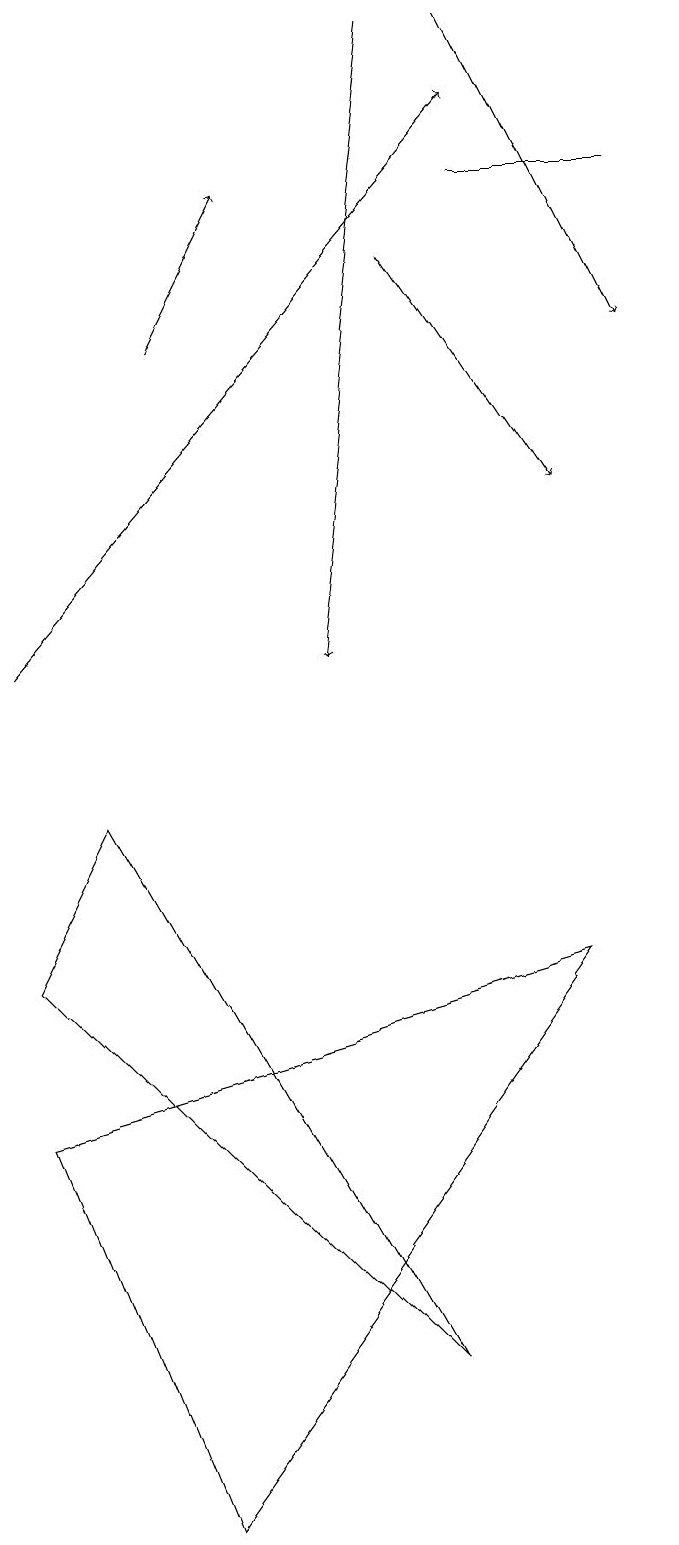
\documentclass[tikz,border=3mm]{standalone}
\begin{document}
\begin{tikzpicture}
\draw[->] (3,15) -- (4,17);
\draw (1,7) -- (2,9) -- (6,2) -- cycle;
\draw[->] (1,11) -- (7,18);
\draw[->] (6,16) -- (8,13);
\draw[->] (6,19) -- (5,11);
\draw (3,0) -- (1,5) -- (8,7) -- cycle;
\draw[->] (7,19) -- (9,15);
\draw (7,17) rectangle (9,17);
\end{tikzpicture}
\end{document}